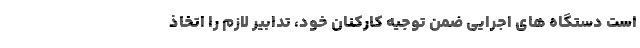
است دستگاه های اجرایی ضمن توجیه کارکنان خود، تدابیر لازم را اتخاذ